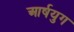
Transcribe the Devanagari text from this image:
आर्षयुग